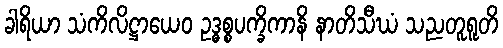
ခါရိယာ သံကိလိဋ္ဌာယေဝ ဥဒ္ဓစ္စပက္ခိကာနိ နာတိသီဃံ သညတူရူတိ